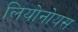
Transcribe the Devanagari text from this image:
लियोनोयस